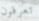
تعرفون